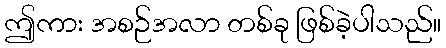
ဤကား အစဉ်အလာ တစ်ခု ဖြစ်ခဲ့ပါသည်။